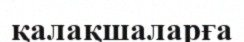
қалақшаларға